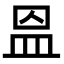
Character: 𥁕